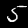
Label: 5